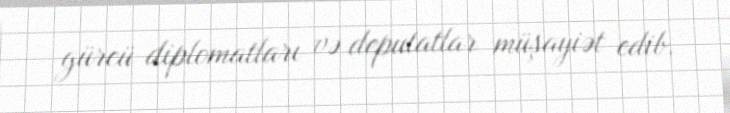
gürcü diplomatları və deputatlar müşayiət edib.